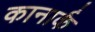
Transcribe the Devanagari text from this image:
कानार्क